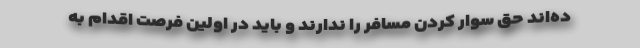
ده‌اند حق سوار کردن مسافر را ندارند و باید در اولین فرصت اقدام به